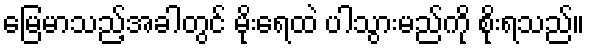
မြေမာသည့်အခါတွင် မိုးရေထဲ ပါသွားမည်ကို စိုးရသည်။